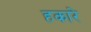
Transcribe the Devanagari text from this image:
हकारे